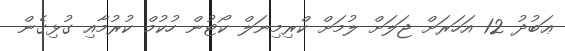
ޢަބުދު 12 އަހަރަށް ޖަލަށް ލުމަށް ކްރިމިނަލް ކޯޓުން ހުކުމް ކުރުމާއި ގުޅިގެން